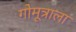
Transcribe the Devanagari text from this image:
गोमूत्राला